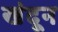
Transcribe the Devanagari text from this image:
खंदून